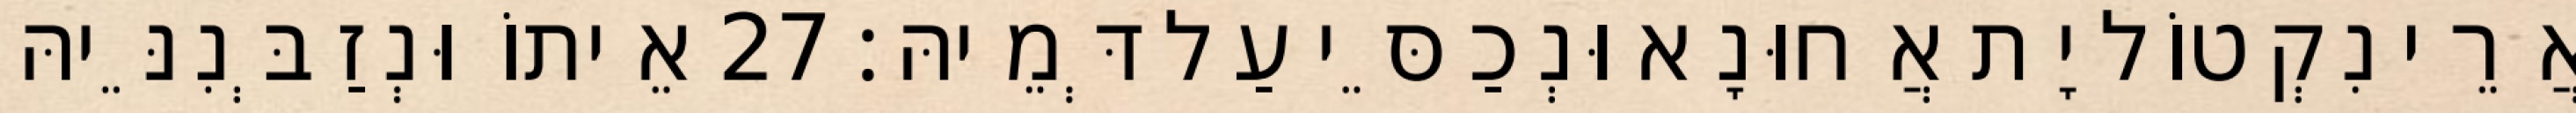
אֲרֵי נִקְטוֹל יָת אֲחוּנָא וּנְכַסֵּי עַל דְּמֵיהּ׃ 27 אֵיתוֹ וּנְזַבְּנִנֵּיהּ